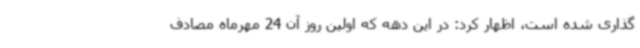
‌گذاری شده است، اظهار کرد: در این دهه که اولین روز آن 24 مهرماه مصادف